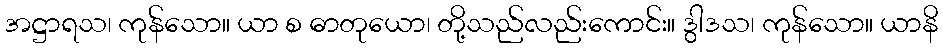
အဋ္ဌာရသ၊ ကုန်သော။ ယာ စ ဓာတုယော၊ တို့သည်လည်းကောင်း။ ဒွါဒသ၊ ကုန်သော။ ယာနိ